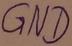
Text: GND